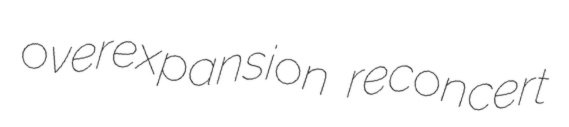
overexpansion reconcert